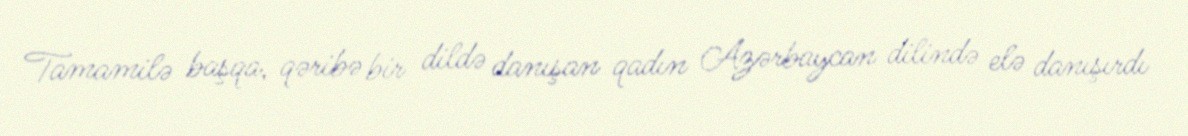
Tamamilə başqa, qəribə bir dildə danışan qadın Azərbaycan dilində elə danışırdı